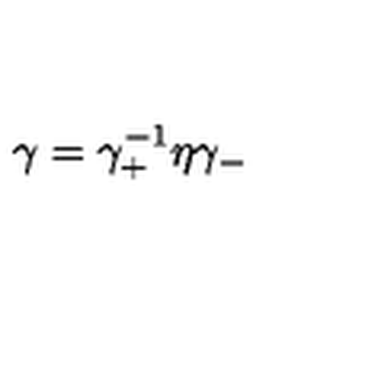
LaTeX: \gamma = \gamma _ { + } ^ { - 1 } \eta \gamma _ { - }